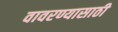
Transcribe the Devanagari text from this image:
वावरण्यासाठी